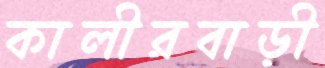
কালীরবাড়ী